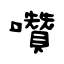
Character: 囋